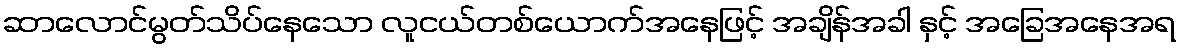
ဆာလောင်မွတ်သိပ်နေသော လူငယ်တစ်ယောက်အနေဖြင့် အချိန်အခါ နှင့် အခြေအနေအရ